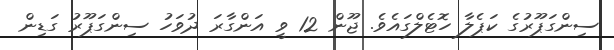
ސިންގަޕޫރުގެ ކަޕެލާ ހޮޓެލްގައެވެ. ޖޫން 12 ވީ އަންގާރަ ދުވަހު ސިންގަޕޫރު ގަޑިން